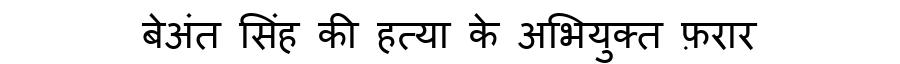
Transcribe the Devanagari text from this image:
बेअंत सिंह की हत्या के अभियुक्त फ़रार